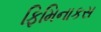
ફિમિનાકસ